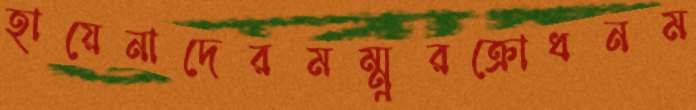
হায়েনাদেরমম্মুরক্রোধনম